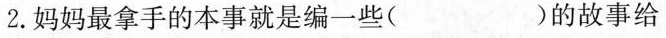
2.妈妈最拿手的本事就是编一些( )的故事给